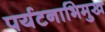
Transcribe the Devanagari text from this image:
पर्यटनाभिमुख